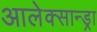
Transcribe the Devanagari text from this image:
आलेक्सान्ड्रा